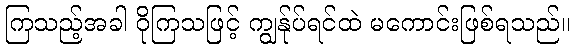
ကြသည့်အခါ ဝိုကြသဖြင့် ကျွန်ုပ်ရင်ထဲ မကောင်းဖြစ်ရသည်။